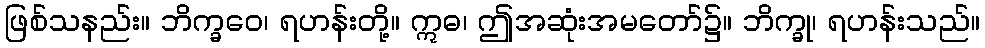
ဖြစ်သနည်း။ ဘိက္ခဝေ၊ ရဟန်းတို့။ ဣဓ၊ ဤအဆုံးအမတော်၌။ ဘိက္ခု၊ ရဟန်းသည်။